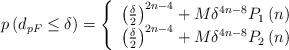
LaTeX: \begin{align*}p\left( {{d_{pF}} \leq \delta } \right) = \left\{ {\begin{array}{*{20}{c}} {{{\left( {\frac{\delta }{2}} \right)}^{2n - 4}} + M{\delta ^{4n - 8}}{P_1}\left( n \right)} \\ {{{\left( {\frac{\delta }{2}} \right)}^{2n - 4}} + M{\delta ^{4n - 8}}{P_2}\left( n \right)} \end{array}} \right.\end{align*}